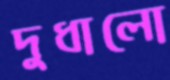
দুধালো